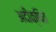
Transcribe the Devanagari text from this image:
अदीक्षित